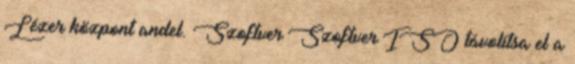
Lézer központ andel. Szoftver Szoftver ISO távolítsa el a